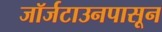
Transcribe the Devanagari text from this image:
जॉर्जटाउनपासून